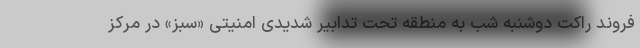
فروند راکت دوشنبه شب به منطقه تحت تدابیر شدیدی امنیتی «سبز» در مرکز